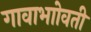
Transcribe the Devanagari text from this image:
गावाभाोवती